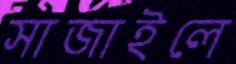
সাজাইলে